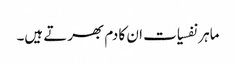
ماہر نفسیات ان کا دم بھرتے ہیں۔